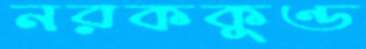
নরককুণ্ড